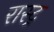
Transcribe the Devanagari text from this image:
रास्ट्र